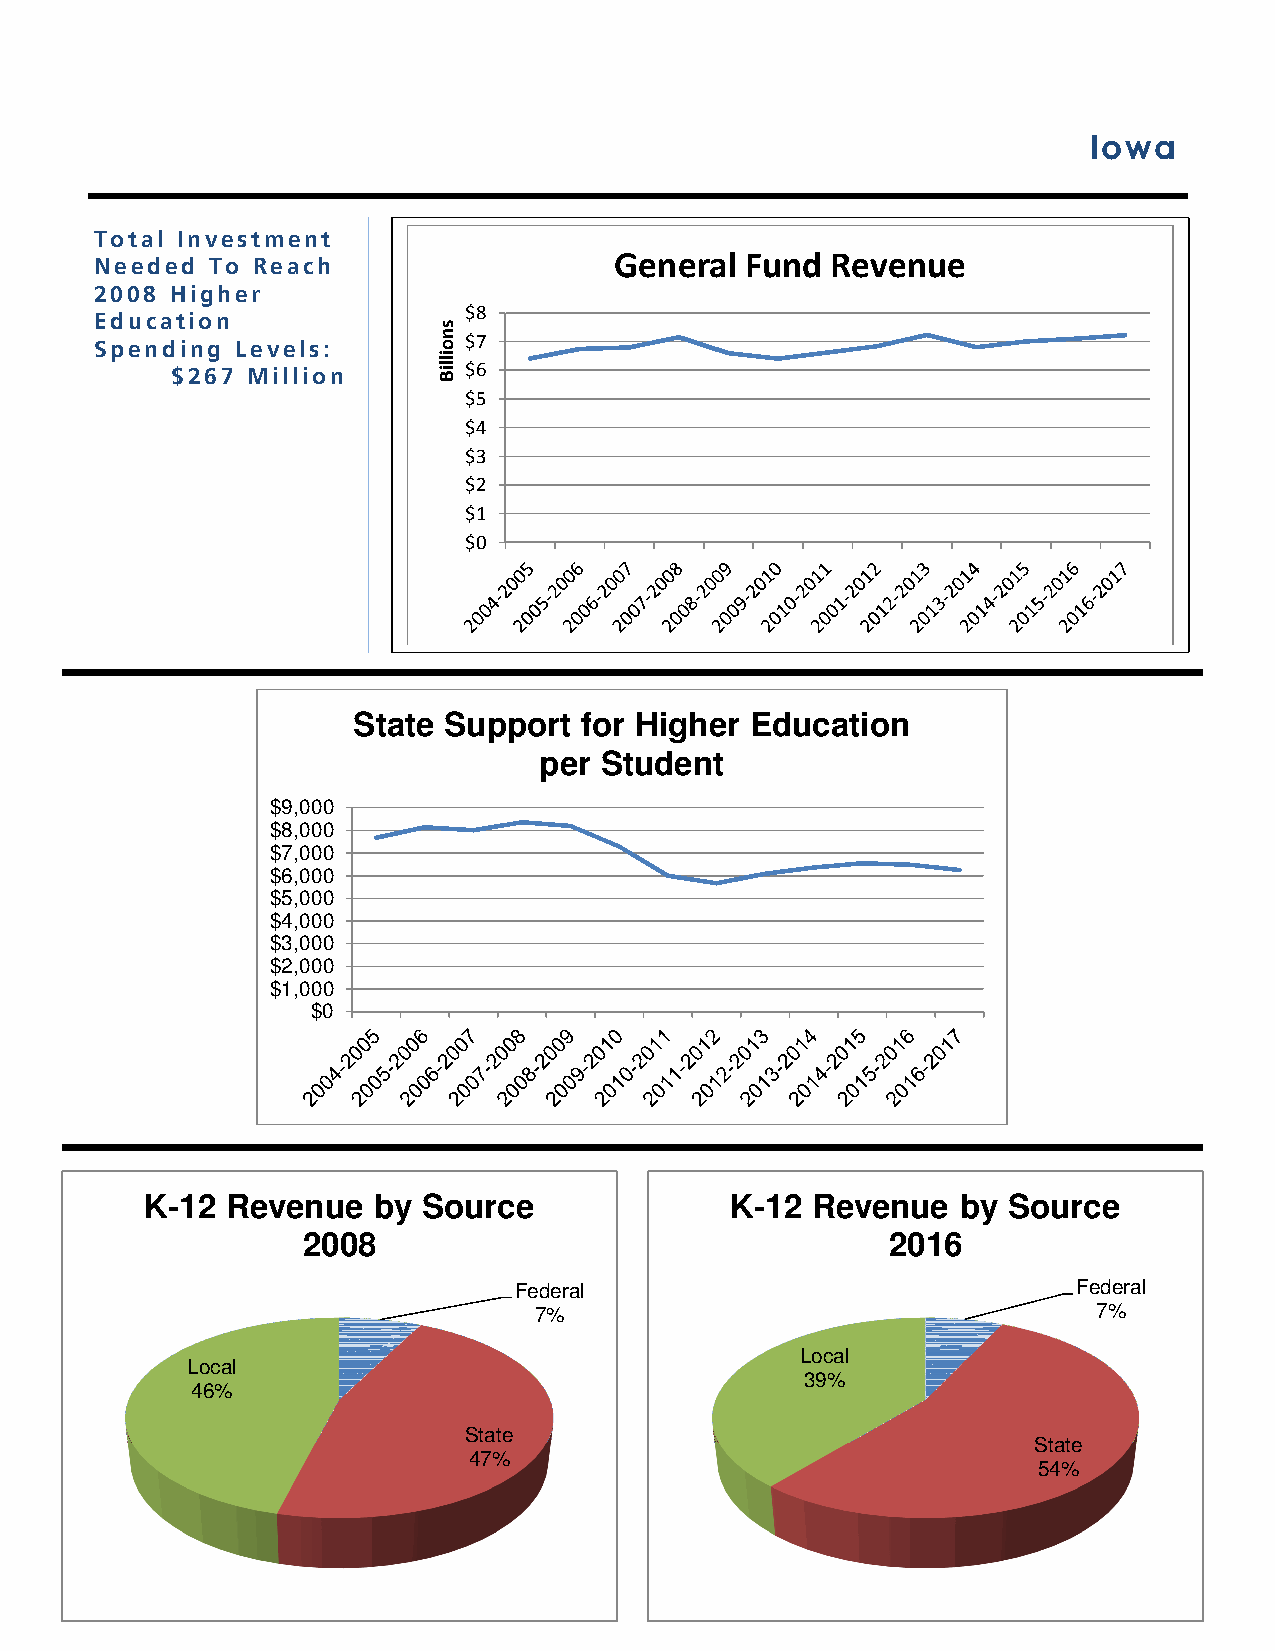
Iowa
 Total Investment
 General Fund  Revenue
 Needed  To Reach
 2008 Higher
 $8
 Education
 $7
 Spending  Levels:
 $6
 $267 Million
 $5
 $4
 $3
 $2
 $1
 $0
 State Support  for Higher  Education
 per Student
 $9,000
 $8,000
 $7,000
 $6,000
 $5,000
 $4,000
 $3,000
 $2,000
 $1,000
 $0
 K-12 Revenue   by Source              K-12  Revenue   by Source
 2008                                   2016
 Federal                              Federal
 7%                                    7%
 Local
 Local
 39%
 46%
 State
 State
 47%
 54%
 snoilliB